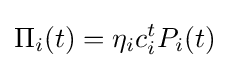
\Pi _{i}(t)=\eta _{i}c_{i}^{t}P_{i}(t)